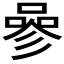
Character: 𠻝